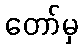
တော်မှ